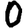
Digit: 0